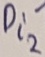
Text: Di2